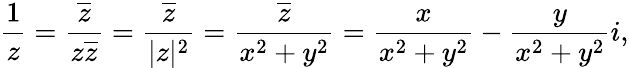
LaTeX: {\frac{1}{z}}={\frac{\overline{{z}}}{z{\overline{{z}}}}}={\frac{\overline{{z}}}{|z|^{2}}}={\frac{\overline{{z}}}{x^{2}+y^{2}}}={\frac{x}{x^{2}+y^{2}}}-{\frac{y}{x^{2}+y^{2}}}i,